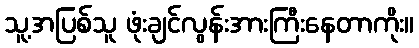
သူ့အပြစ်သူ ဖုံးချင်လွန်းအားကြီးနေတာကိုး။